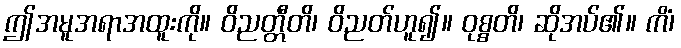
ဤအမူအရာအထူးကို။ ဝိညတ္တီတိ၊ ဝိညတ်ဟူ၍။ ဝုစ္စတိ၊ ဆိုအပ်၏။ ကိံ၊